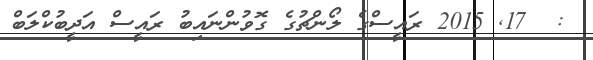
:  17